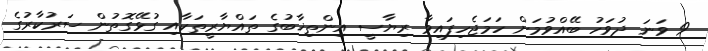
9 ވަނަ ދުވަހު ބޭއްވުމަށް ހަމަޖެހިފައިވާ ރިޔާސީ އިންތިޚާބުގެ ތައްޔާރީތަކާއި ގުޅޭގޮތުން ސަރުކާރުގެ